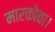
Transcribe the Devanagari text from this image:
मारकोवा।